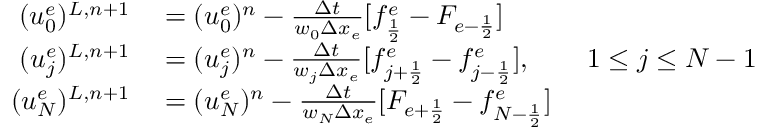
\begin{array} { r l } { ( u _ { 0 } ^ { e } ) ^ { L , n + 1 } } & { { } = ( u _ { 0 } ^ { e } ) ^ { n } - \frac { \Delta t } { w _ { 0 } \Delta x _ { e } } [ f _ { \frac { 1 } { 2 } } ^ { e } - F _ { e - \frac { 1 } { 2 } } ] } \\ { ( u _ { j } ^ { e } ) ^ { L , n + 1 } } & { { } = ( u _ { j } ^ { e } ) ^ { n } - \frac { \Delta t } { w _ { j } \Delta x _ { e } } [ f _ { j + \frac 1 2 } ^ { e } - f _ { j - \frac 1 2 } ^ { e } ] , \qquad 1 \le j \le N - 1 } \\ { ( u _ { N } ^ { e } ) ^ { L , n + 1 } } & { { } = ( u _ { N } ^ { e } ) ^ { n } - \frac { \Delta t } { w _ { N } \Delta x _ { e } } [ F _ { e + \frac { 1 } { 2 } } - f _ { N - \frac { 1 } { 2 } } ^ { e } ] } \end{array}